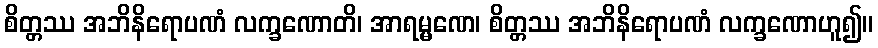
စိတ္တဿ အဘိနိရောပဏံ လက္ခဏောတိ၊ အာရမ္မဏေ၊ စိတ္တဿ အဘိနိရောပဏံ လက္ခဏောဟူ၍။